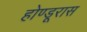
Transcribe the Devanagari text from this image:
होण्डूरास